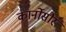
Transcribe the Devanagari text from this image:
कार्नोसौर